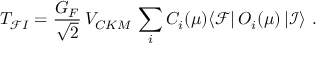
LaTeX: T _ { \mathcal F I } = \frac { G _ { F } } { \sqrt { 2 } } \, V _ { C K M } \, \sum _ { i } C _ { i } ( \mu ) \langle \mathcal { F } | \, O _ { i } ( \mu ) \, | \mathcal { I } \rangle \ .